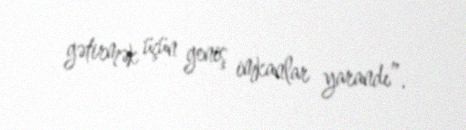
gətirmək üçün geniş imkanlar yarandı”.